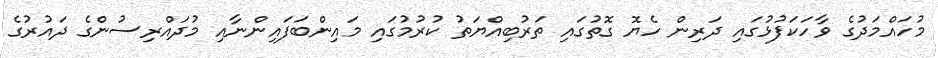
މުހައްމަދުގެ ވާހަކަފުޅުގައި ދަރިން ހެޔޮ ގޮތުގައި ތަރުބިއްޔަތު ކުރުމުގައި މައިންބަފައިންނާއި މުދައްރިސުންގެ ދައުރުގެ